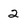
Character: 2